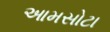
આમસોટા